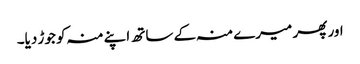
اور پھر میرے منہ کے ساتھ اپنے منہ کو جوڑ دیا۔